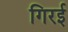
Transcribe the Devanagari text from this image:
गिरई